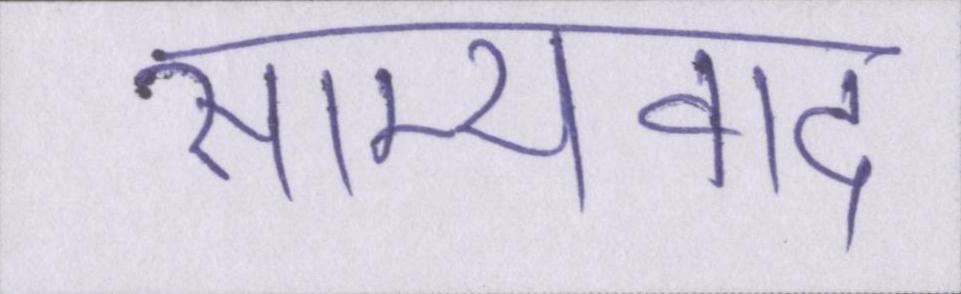
साम्यवाद